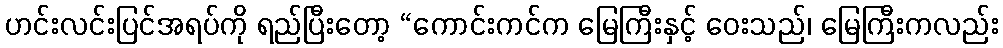
ဟင်းလင်းပြင်အရပ်ကို ရည်ပြီးတော့ “ကောင်းကင်က မြေကြီးနှင့် ဝေးသည်၊ မြေကြီးကလည်း